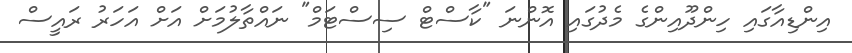
އިންޑިއާގައި ހިންދޫއިންގެ މެދުގައި އޮންނަ "ކާސްޓް ސިސްޓަމް" ނައްތާލުމަށް އަށް އަހަރު ރައީސް